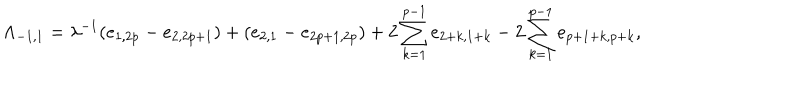
LaTeX: \Lambda _ { - 1 , 1 } = \lambda ^ { - 1 } ( e _ { 1 , 2 p } - e _ { 2 , 2 p + 1 } ) + ( e _ { 2 , 1 } - e _ { 2 p + 1 , 2 p } ) + 2 \sum _ { k = 1 } ^ { p - 1 } e _ { 2 + k , 1 + k } - 2 \sum _ { k = 1 } ^ { p - 1 } e _ { p + 1 + k , p + k } ,